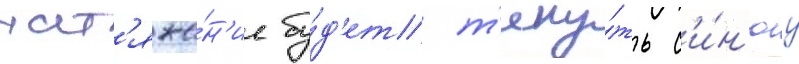
нат'яже́н'ие бу́д'ет т'яну́ть с'и́н'юу